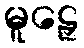
မူဠှေ